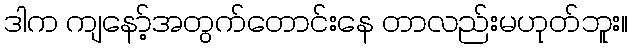
ဒါက ကျနော့်အတွက်တောင်းနေ တာလည်းမဟုတ်ဘူး။